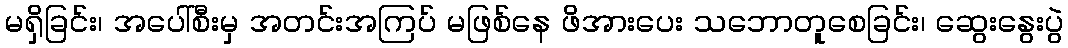
မရှိခြင်း၊ အပေါ်စီးမှ အတင်းအကြပ် မဖြစ်နေ ဖိအားပေး သဘောတူစေခြင်း၊ ဆွေးနွေးပွဲ